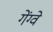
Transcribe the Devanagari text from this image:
गेंग्वे